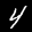
Label: 4